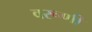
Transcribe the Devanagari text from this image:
वरूणी